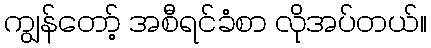
ကျွန်တော့် အစီရင်ခံစာ လိုအပ်တယ်။